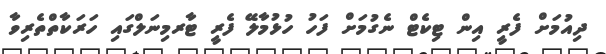
ދިއުމަށް ފެރީ އިން ޓިކެޓް ނެގުމަށް ފަހު ހުޅުމާލޭ ފެރީ ޓާރމިނަލްގައި ހަރަކާތްތެރިވާ